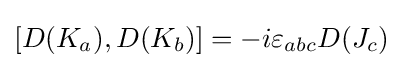
\left[{D(K_{a})},{D(K_{b})}\right]=-i\varepsilon _{abc}{D(J_{c})}